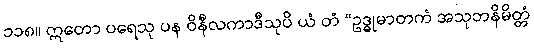
၁၁၈။ ဣတော ပရေသု ပန ဝိနီလကာဒီသုပိ ယံ တံ “ဥဒ္ဓုမာတကံ အသုဘနိမိတ္တံ